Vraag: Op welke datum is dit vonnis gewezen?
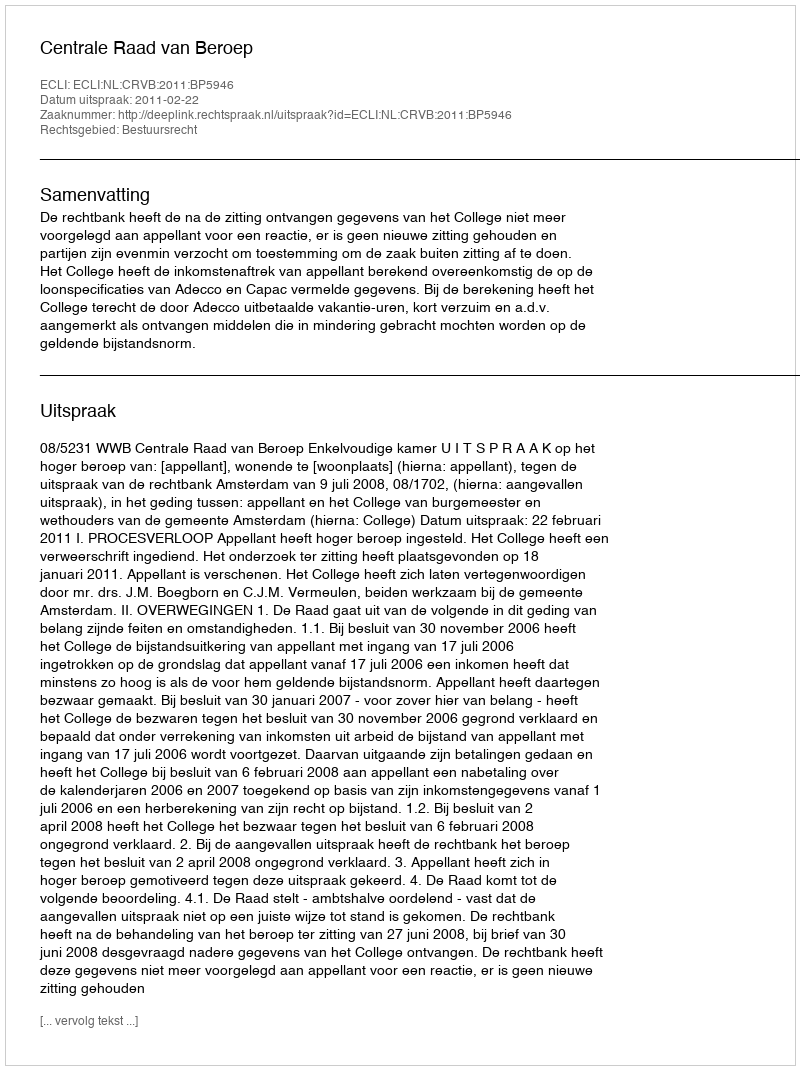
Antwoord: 2011-02-22